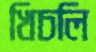
খিচলি